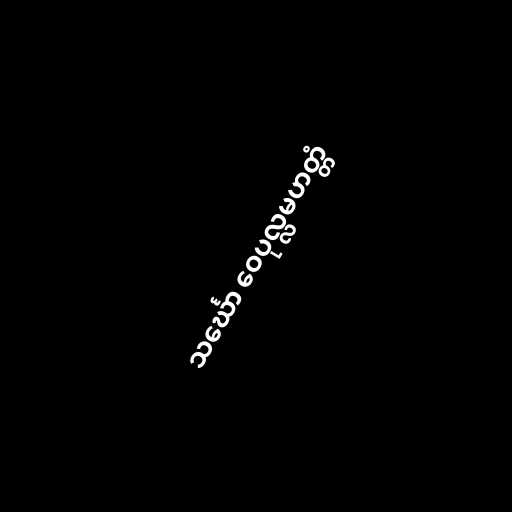
သင်္ဃော ဝေပုလ္လမဟတ္တံ